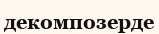
декомпозерде